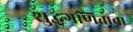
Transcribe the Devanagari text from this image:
शुद्धगणिताचा